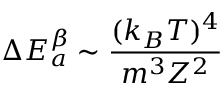
\Delta E _ { a } ^ { \beta } \sim \frac { ( k _ { B } T ) ^ { 4 } } { m ^ { 3 } Z ^ { 2 } }